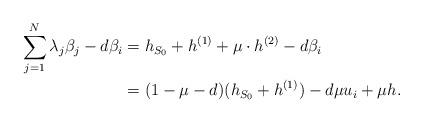
LaTeX: \begin{align*} \sum_{j=1}^{N}\lambda_j\beta_j-d\beta_i&=h_{S_0}+h^{(1)}+\mu\cdot h^{(2)}-d\beta_i\\ &=(1-\mu-d)(h_{S_0}+h^{(1)})-d\mu u_i+\mu h.\end{align*}